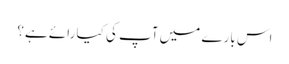
اس بارے میں آپ کی کیا رائے ہے؟